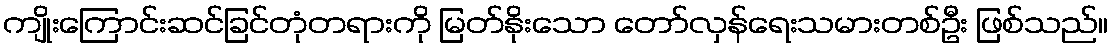
ကျိုးကြောင်းဆင်ခြင်တုံတရားကို မြတ်နိုးသော တော်လှန်ရေးသမားတစ်ဦး ဖြစ်သည်။